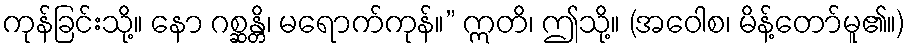
ကုန်ခြင်းသို့။ နော ဂစ္ဆန္တိ၊ မရောက်ကုန်။” ဣတိ၊ ဤသို့။ (အဝေါစ၊ မိန့်တော်မူ၏။)